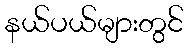
နယ်ပယ်များတွင်